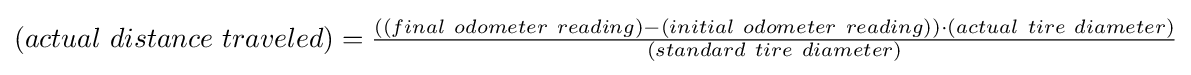
(actual\ distance\ traveled)={\tfrac {((final\ odometer\ reading)-(initial\ odometer\ reading))\cdot (actual\ tire\ diameter)}{(standard\ tire\ diameter)}}